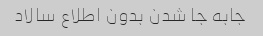
جابه جا شدن بدون اطلاع سالاد